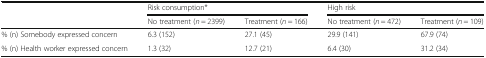
<table><thead><tr><td></td><td colspan="2"><b>Risk consumption*</b></td><td colspan="2"><b>High risk</b></td></tr><tr><td></td><td><b>No treatment (<i>n</i> = 2399)</b></td><td><b>Treatment (<i>n</i> = 166)</b></td><td><b>No treatment (<i>n</i> = 472)</b></td><td><b>Treatment (<i>n</i> = 109)</b></td></tr></thead><tbody><tr><td>% (n) Somebody expressed concern</td><td>6.3 (152)</td><td>27.1 (45)</td><td>29.9 (141)</td><td>67.9 (74)</td></tr><tr><td>% (n) Health worker expressed concern</td><td>1.3 (32)</td><td>12.7 (21)</td><td>6.4 (30)</td><td>31.2 (34)</td></tr></tbody></table>